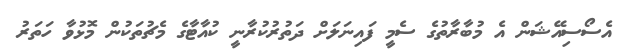
އެސޯސިއޭޝަން އެ މުބާރާތުގެ ސެމީ ފައިނަލަށް ދަތުރުކުރާނީ ކުއާޓާގެ މެޗުތަކުން މޮޅުވާ ހަތަރު